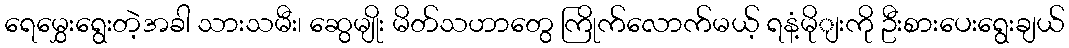
ရေမွှေးရွေးတဲ့အခါ သားသမီး၊ ဆွေမျိုး မိတ်သဟာတွေ ကြိုက်လောက်မယ့် ရနံ့မိုျးကို ဦးစားပေးရွေးချယ်